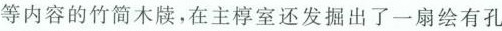
等内容的竹简木牍，在主椁室还发掘出了一扇绘有孔